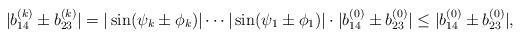
LaTeX: \begin{align*}|b_{14}^{(k)}\pm b_{23}^{(k)}| = |\sin(\psi_{k}\pm\phi_{k})|\cdots |\sin(\psi_{1}\pm\phi_{1})|\cdot|b_{14}^{(0)}\pm b_{23}^{(0)}| \leq |b_{14}^{(0)}\pm b_{23}^{(0)}|,\end{align*}